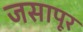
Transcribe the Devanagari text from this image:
जसापूर